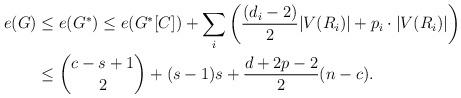
LaTeX: \begin{align*}e(G)&\leq e(G^{*})\leq e(G^{*}[C])+\sum_{i}\left(\frac{(d_i-2)}{2}|V(R_i)|+p_i\cdot |V(R_i)|\right)\\&\leq \binom{c-s+1}{2}+(s-1)s+\frac{d+2p-2}{2}(n-c).\end{align*}